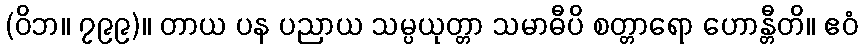
(ဝိဘ။ ၇၉၉)။ တာယ ပန ပညာယ သမ္ပယုတ္တာ သမာဓီပိ စတ္တာရော ဟောန္တီတိ။ ဧဝံ